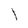
Character: l